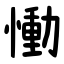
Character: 慟